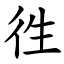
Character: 徃